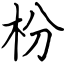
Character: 枌